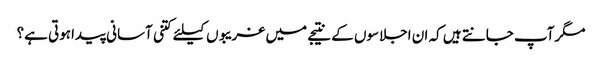
مگرآپ جانتے ہیں کہ ان اجلاسوں کے نتیجے میں غریبوں کیلئے کتنی آسانی پیداہوتی ہے؟